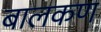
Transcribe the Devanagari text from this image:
बालकण